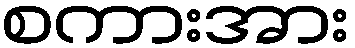
စကားအား